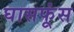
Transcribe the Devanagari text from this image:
घासफूंस